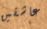
عاشقين